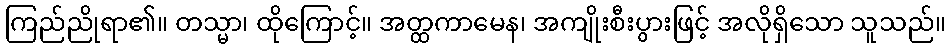
ကြည်ညိုရာ၏။ တသ္မာ၊ ထိုကြောင့်။ အတ္ထကာမေန၊ အကျိုးစီးပွားဖြင့် အလိုရှိသော သူသည်။